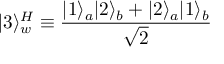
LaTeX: | 3 \rangle _ { w } ^ { H } \equiv { \frac { | 1 \rangle _ { a } | 2 \rangle _ { b } + | 2 \rangle _ { a } | 1 \rangle _ { b } } { \sqrt { 2 } } }